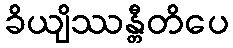
ခိယျိဿန္တီတိပေ